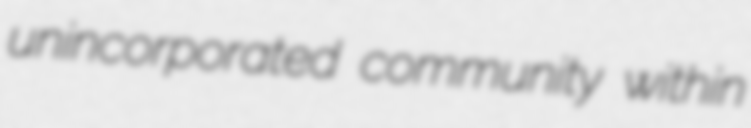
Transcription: unincorporated community within